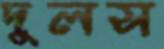
দুলস